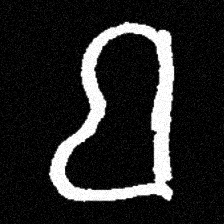
Pyu character \u2014 Myanmar letter: ဗ (romanized: ba)